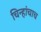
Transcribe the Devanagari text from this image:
चिन्हांचाच